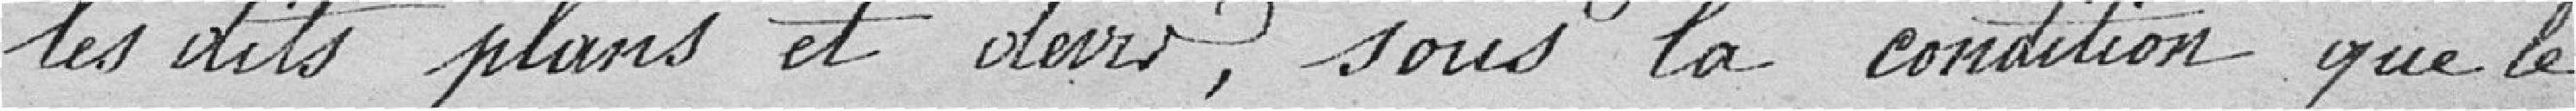
les dits plans et devis, sous la condition que